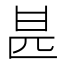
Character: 𠥄